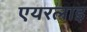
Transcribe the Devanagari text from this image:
एयरलाइ